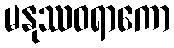
မနုဿဝရာကော